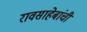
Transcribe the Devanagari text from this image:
रावसाहेबांचीं